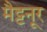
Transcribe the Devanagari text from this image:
मैट्टनूर